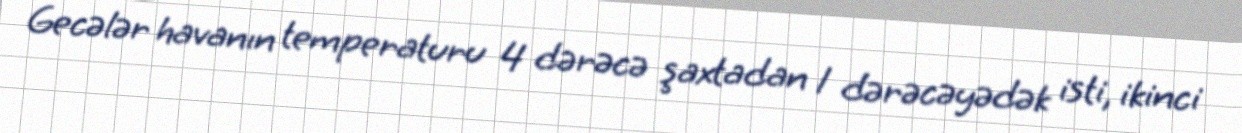
Gecələr havanın temperaturu 4 dərəcə şaxtadan 1 dərəcəyədək isti, ikinci